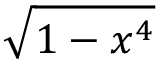
\sqrt { 1 - x ^ { 4 } }